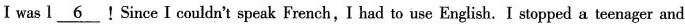
I was I\underline{6}!Since I couldn't speak French,I had to use English. I stopped a teenager and